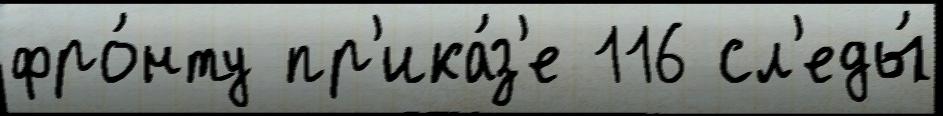
фро́нту пр'ика́з'е 116 сл'еды́